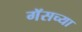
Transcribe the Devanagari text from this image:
गॅसच्या